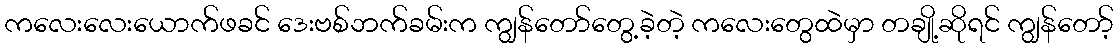
ကလေးလေးယောက်ဖခင် ဒေးဗစ်ဘက်ခမ်းက ကျွန်တော်တွေ့ခဲ့တဲ့ ကလေးတွေထဲမှာ တချို့ဆိုရင် ကျွန်တော့်